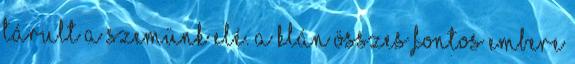
tárult a szemünk elé. A klán összes fontos embere